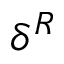
\delta ^ { R }